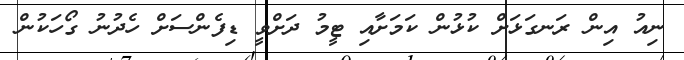
ނިއު އިން ރަނގަޅަށް ކުޅުން ކަމަށާއި ޓީމު ދަށްވީ ޑިފެންސަށް ހެދުނު ގޯހަކުން